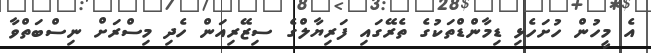
އެ މީހުން ހުށަހެޅި ޑިމާންޑްތަކުގެ ތެރޭގައި ފަރިޔާލްގެ ސިޒޭރިއަން ހެދި މިސްރަށް ނިސްބަތްވާ